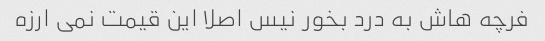
فرچه هاش به درد بخور نیس اصلا این قیمت نمی ارزه